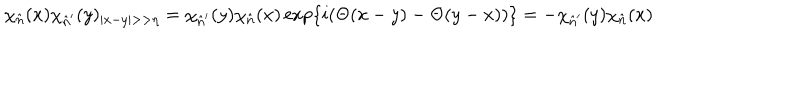
\chi _ { \hat { n } } ( x ) \chi _ { \hat { n } ^ { \prime } } ( y ) _ { | x - y | > > \eta } = \chi _ { \hat { n } ^ { \prime } } ( y ) \chi _ { \hat { n } } ( x ) \exp \{ i ( \Theta ( x - y ) - \Theta ( y - x ) ) \} = - \chi _ { \hat { n } ^ { \prime } } ( y ) \chi _ { \hat { n } } ( x )